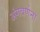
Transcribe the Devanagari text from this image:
अंगवर्णना